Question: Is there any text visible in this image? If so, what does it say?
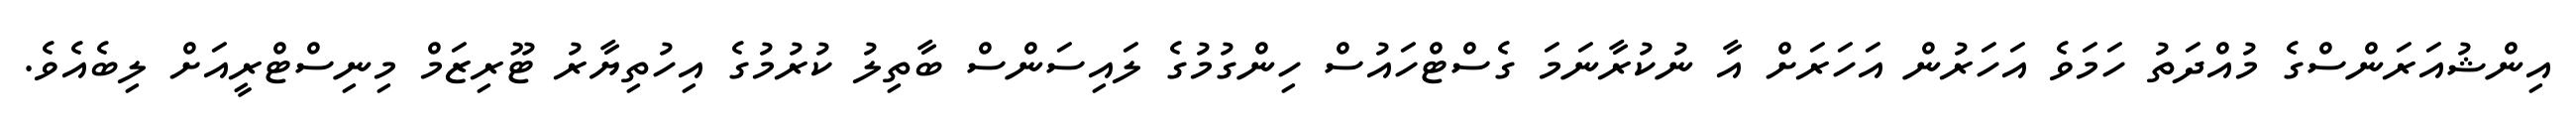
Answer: އިންޝުއަރަންސްގެ މުއްދަތު ހަމަވެ އަހަރުން އަހަރަށް އާ ނުކުރާނަމަ ގެސްޓްހައުސް ހިންގުމުގެ ލައިސަންސް ބާތިލު ކުރުމުގެ އިހުތިޔާރު ޓޫރިޒަމް މިނިސްޓްރީއަށް ލިބެއެވެ.